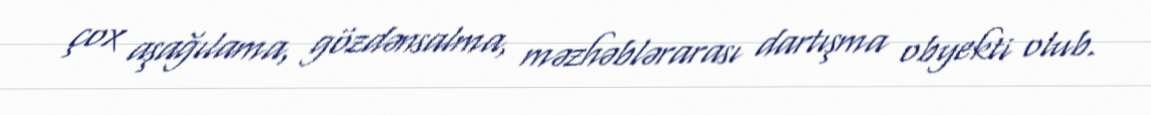
çox aşağılama, gözdənsalma, məzhəblərarası dartışma obyekti olub.